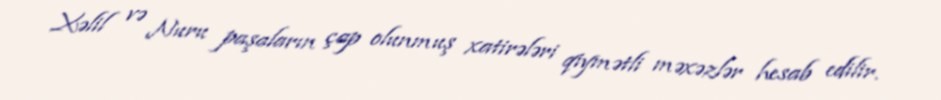
Xəlil və Nuru paşaların çap olunmuş xatirələri qiymətli məxəzlər hesab edilir.